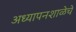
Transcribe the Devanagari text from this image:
अध्यापनशाळेचे